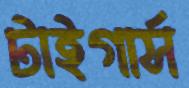
টাইগার্স